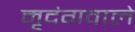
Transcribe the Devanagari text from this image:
मृदंगवाले